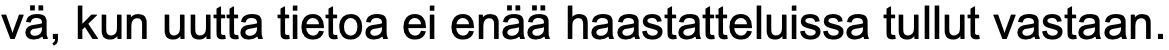
vä, kun uutta tietoa ei enää haastatteluissa tullut vastaan.